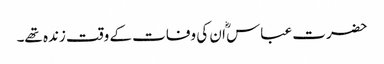
حضرت عباس ؓا ن کی وفات کے وقت زندہ تھے۔